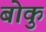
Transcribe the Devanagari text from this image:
बोकु